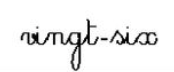
vingt-six